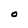
Character: O